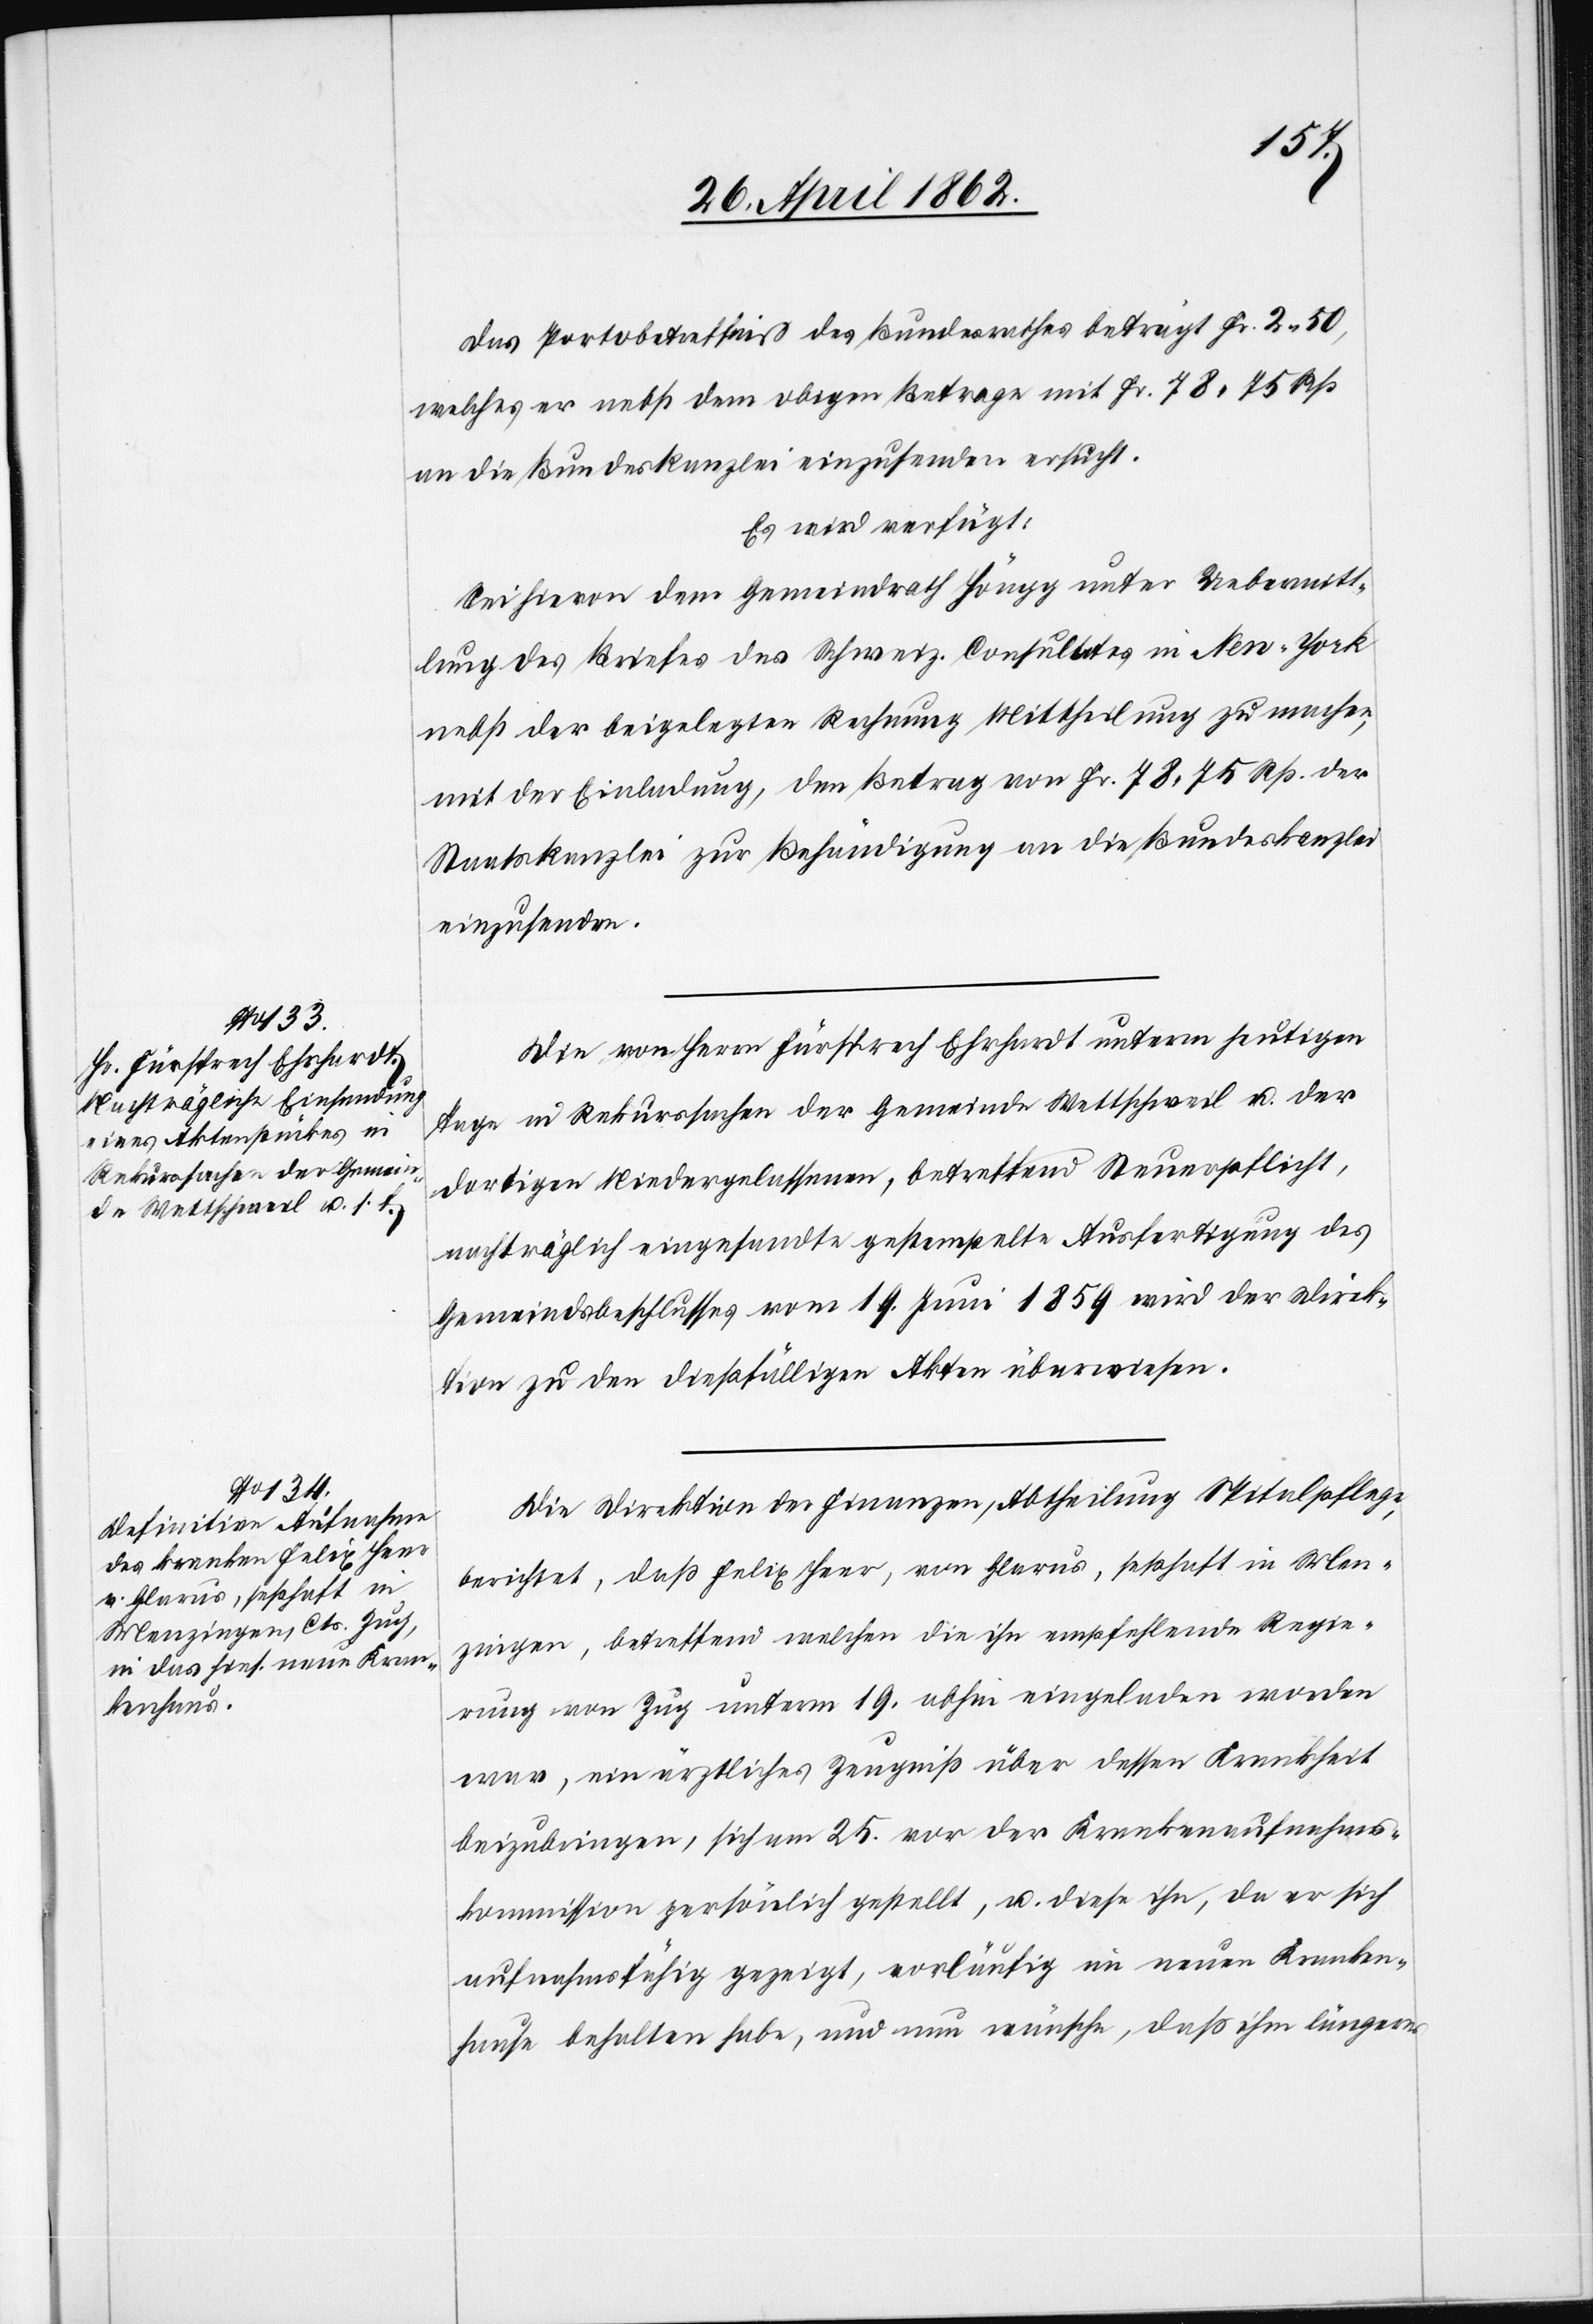
28. April 1862.]
Das Portobetreffniß des Bundesrathes beträgt Fr. 2 50.
welches er nebst dem obigen Betrage mit Fr. 78 75 Rp.
an die Bundeskanzlei einzusenden ersucht.
Es wird verfügt:
Sei hievon dem Gemeindrath Höngg unter Uebermitt¬
lung des Briefes des Schweiz. Consulates in New-York
nebst der beigelegten Rechnung Mittheilung zu machen,
mit der Einladung, den Betrag von Fr. 78 75 Rp. der
Staatskanzlei zur Behändigung an die Bundeskanzlei
einzusenden.
Die von Herrn Fürsprech Ehrhardt unterm heutigen
Tage in Rekurssachen der Gemeinde Wettschweil u. der
dortigen Niedergelassenen, betreffend Steuerpflicht,
nachträglich eingesandte gestempelte Ausfertigung des
Gemeindsbeschlusses vom 19. Juni 1859 wird der Direk¬
tion zu den dießfälligen Akten überwiesen.
Die Direktion der Finanzen, Abtheilung Spitalpflege,
berichtet, daß Felix Heer, von Glarus, seßhaft in Men¬
zingen, betreffend welchen die ihn empfehlende Regie¬
rung von Zug unter 19. abhin eingeladen worden
war, ein ärztliches Zeugniß über dessen Krankheit
beizubringen, sich am 25. vor der Krankenaufnahms¬
kommission persönlich gestellt, u. diese ihn, da er sich
aufnahmsfähig gezeigt, vorläufig im neuen Kranken¬
hause behalten habe, und nun wünsche, daß ihm längeres